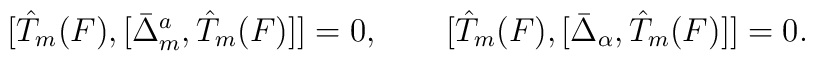
[ \hat{T}_m(F), [ \bar{\Delta}_m^a, \hat{T}_m(F) ] ] = 0,\qquad[ \hat{T}_m(F), [ \bar{\Delta}_\alpha, \hat{T}_m(F) ] ] = 0.